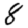
Digit: 8